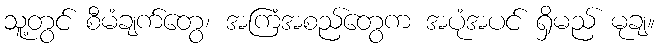
သူ့တွင် စီမံချက်တွေ၊ အကြံအစည်တွေက အပုံအပင် ရှိမည် မုချ။